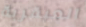
العبقرية